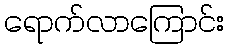
ရောက်လာကြောင်း